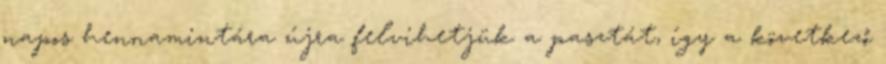
napos hennamintára újra felvihetjük a pasztát, így a következő